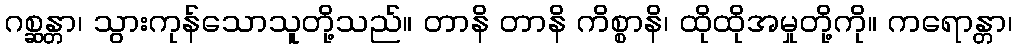
ဂစ္ဆန္တာ၊ သွားကုန်သောသူတို့သည်။ တာနိ တာနိ ကိစ္စာနိ၊ ထိုထိုအမှုတို့ကို။ ကရောန္တာ၊